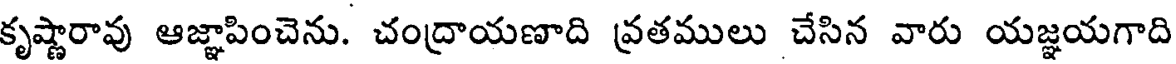
కృష్ణారావు ఆజ్ఞాపించెను. చంద్రాయణాది వ్రతములు చేసిన వారు యజ్ఞయగాది